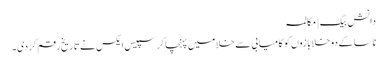
دانش بیگ | مکالمہ
ناسا کے دو خلابازوں کو کامیابی سے خلا میں پہنچا کر سپیس ایکس نے تاریخ رقم کر دی۔